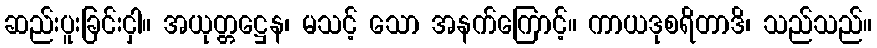
ဆည်းပူးခြင်းငှါ။ အယုတ္တဋ္ဌေန၊ မသင့် သော အနက်ကြောင့်။ ကာယဒုစရိတာဒိ၊ သည်သည်။